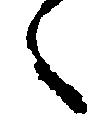
々